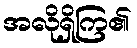
အလိုရှိကြ၏